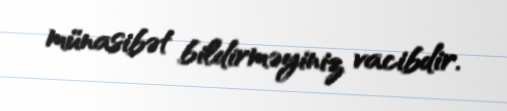
münasibət bildirməyiniz vacibdir.